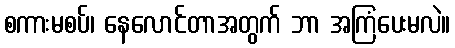
စကားမစပ်၊ နေလောင်တာအတွက် ဘာ အကြံပေးမလဲ။